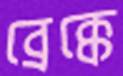
ব্রেক্কে